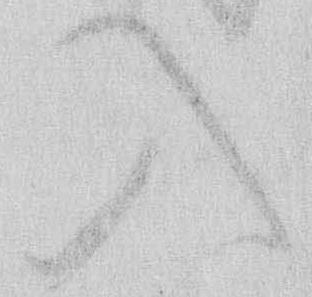
入